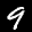
Label: 9